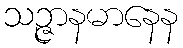
သဉ္ဇာနမာနေန